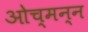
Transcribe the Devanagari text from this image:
ओच्मन्न